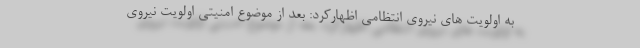
به اولویت های نیروی انتظامی اظهارکرد: بعد از موضوع امنیتی اولویت نیروی